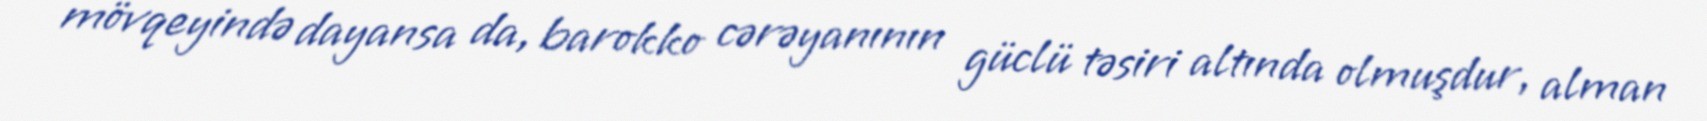
mövqeyində dayansa da, barokko cərəyanının güclü təsiri altında olmuşdur, alman